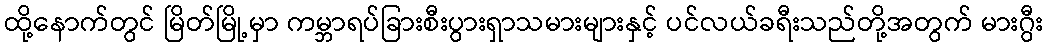
ထို့နောက်တွင် မြိတ်မြို့မှာ ကမ္ဘာရပ်ခြားစီးပွားရှာသမားများနှင့် ပင်လယ်ခရီးသည်တို့အတွက် မားဂွီး